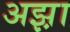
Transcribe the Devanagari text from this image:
अझ़ा